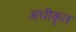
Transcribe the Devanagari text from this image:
अधीकॄत